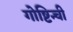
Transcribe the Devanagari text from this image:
गोष्टिन्ची